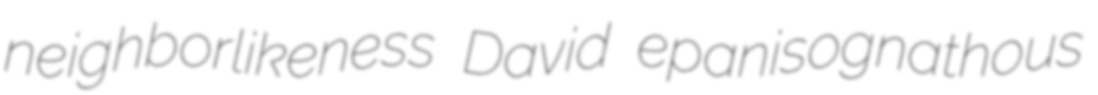
neighborlikeness David epanisognathous